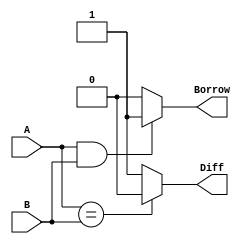
module halfSubstractor(A, B, Diff, Borrow); 
input A, B; 
output Diff, Borrow; 
reg Diff, Borrow , w1; 

always @(A or B)
begin 
    if( A == B)
        Diff = 1'b0; 
    else
        
        Diff = 1'b1; 

    if(A == 1'b1)
        w1 = 1'b0; 
    else
        w1= 1'b1;

    if(A== 1'b1 && B== 1'b1)
        Borrow= 1'b1;
    else
        Borrow= 1'b0;
end
endmodule

module halfSubstractor_tb;
reg A, B;
wire Diff, Borrow; 
halfSubstractor i(A, B, Diff, Borrow);
initial 
begin 
        A = 1'b0;
        B = 1'b0; 
        $monitor("time=%0t, a = %b, b = %b, Diff = %b, Carry = %b" , $time, A , B , Diff , Borrow);
        #5 A=1'b0; B=1'b0;
        #5 A=1'b0; B=1'b1;
        #5 A=1'b1; B=1'b0;
        #5 A=1'b1; B=1'B1;
end
endmodule